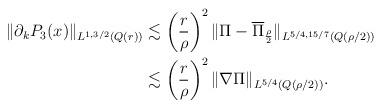
LaTeX: \begin{align*}\|\partial_{k} P_{3}(x) \|_{L^{1,3/2}(Q(r))}&\lesssim \left(\frac{r}{\rho}\right)^{2}\| \Pi-\overline{\Pi}_{\frac{\rho}{2}}\|_{L^{5/4,15/7}(Q(\rho/2))} \\&\lesssim \left(\frac{r}{\rho}\right)^{2}\| \nabla \Pi \|_{L^{5/4}(Q(\rho/2))}.\end{align*}